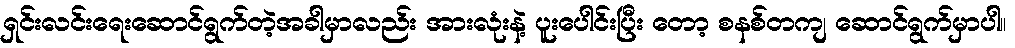
ရှင်းလင်းရေးဆောင်ရွက်တဲ့အခါမှာလည်း အားလုံးနဲ့ ပူးပေါင်းပြီး တော့ စနစ်တကျ ဆောင်ရွက်မှာပါ။